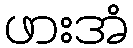
ဖားအံ